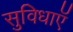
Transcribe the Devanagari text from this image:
सुविधाऍ